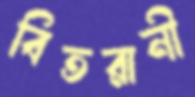
বিতরানী